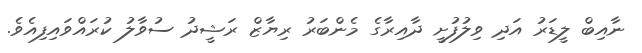
ނާއިބް ލީޑަރު އަދި ވިލުފުށީ ދާއިރާގެ މެންބަރު ރިޔާޒް ރަޝީދު ސުވާލު ކުރައްވައިފިއެވެ.